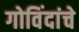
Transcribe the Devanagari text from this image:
गोविंदांचे